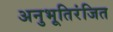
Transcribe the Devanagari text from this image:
अनुभूतिरंजित